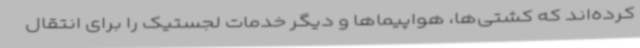
کرده‌اند که کشتی‌ها، هواپیماها و دیگر خدمات لجستیک را برای انتقال